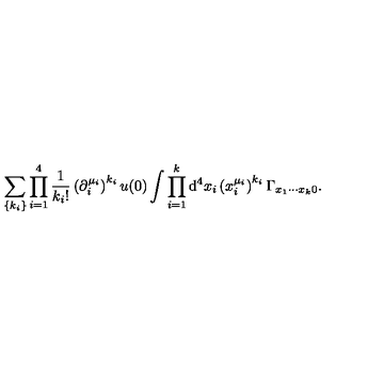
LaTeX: \sum _ { \{ k _ { i } \} } \prod _ { i = 1 } ^ { 4 } \frac { 1 } { k _ { i } ! } \left( \partial _ { i } ^ { \mu _ { i } } \right) ^ { k _ { i } } u ( 0 ) \int \prod _ { i = 1 } ^ { k } \mathrm { d } ^ { 4 } x _ { i } \left( x _ { i } ^ { \mu _ { i } } \right) ^ { k _ { i } } \Gamma _ { x _ { 1 } \cdots x _ { k } 0 } .